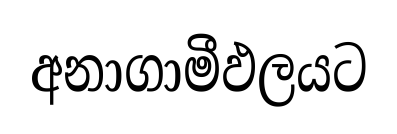
අනාගාමීඵලයට